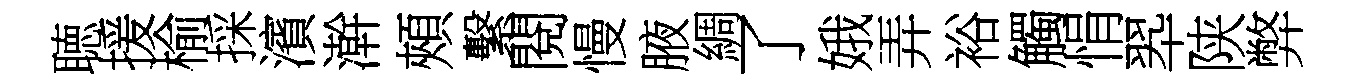
聴援榆採濱澣頰繫閱慢腋綢了娥弄裕觸悁翆陕弊